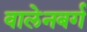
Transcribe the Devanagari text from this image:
वालेनबर्ग